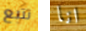
تتبع انا